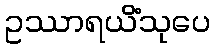
ဥဿာရယိံသုပေ